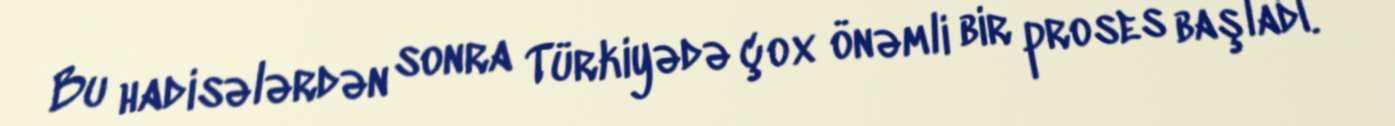
Bu hadisələrdən sonra Türkiyədə çox önəmli bir proses başladı.